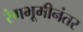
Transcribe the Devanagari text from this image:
रंगभूमीनंतर